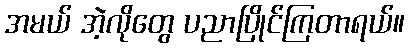
အမယ် အဲ့လိုတွေ ပညာပြိုင်ကြတာရယ်။